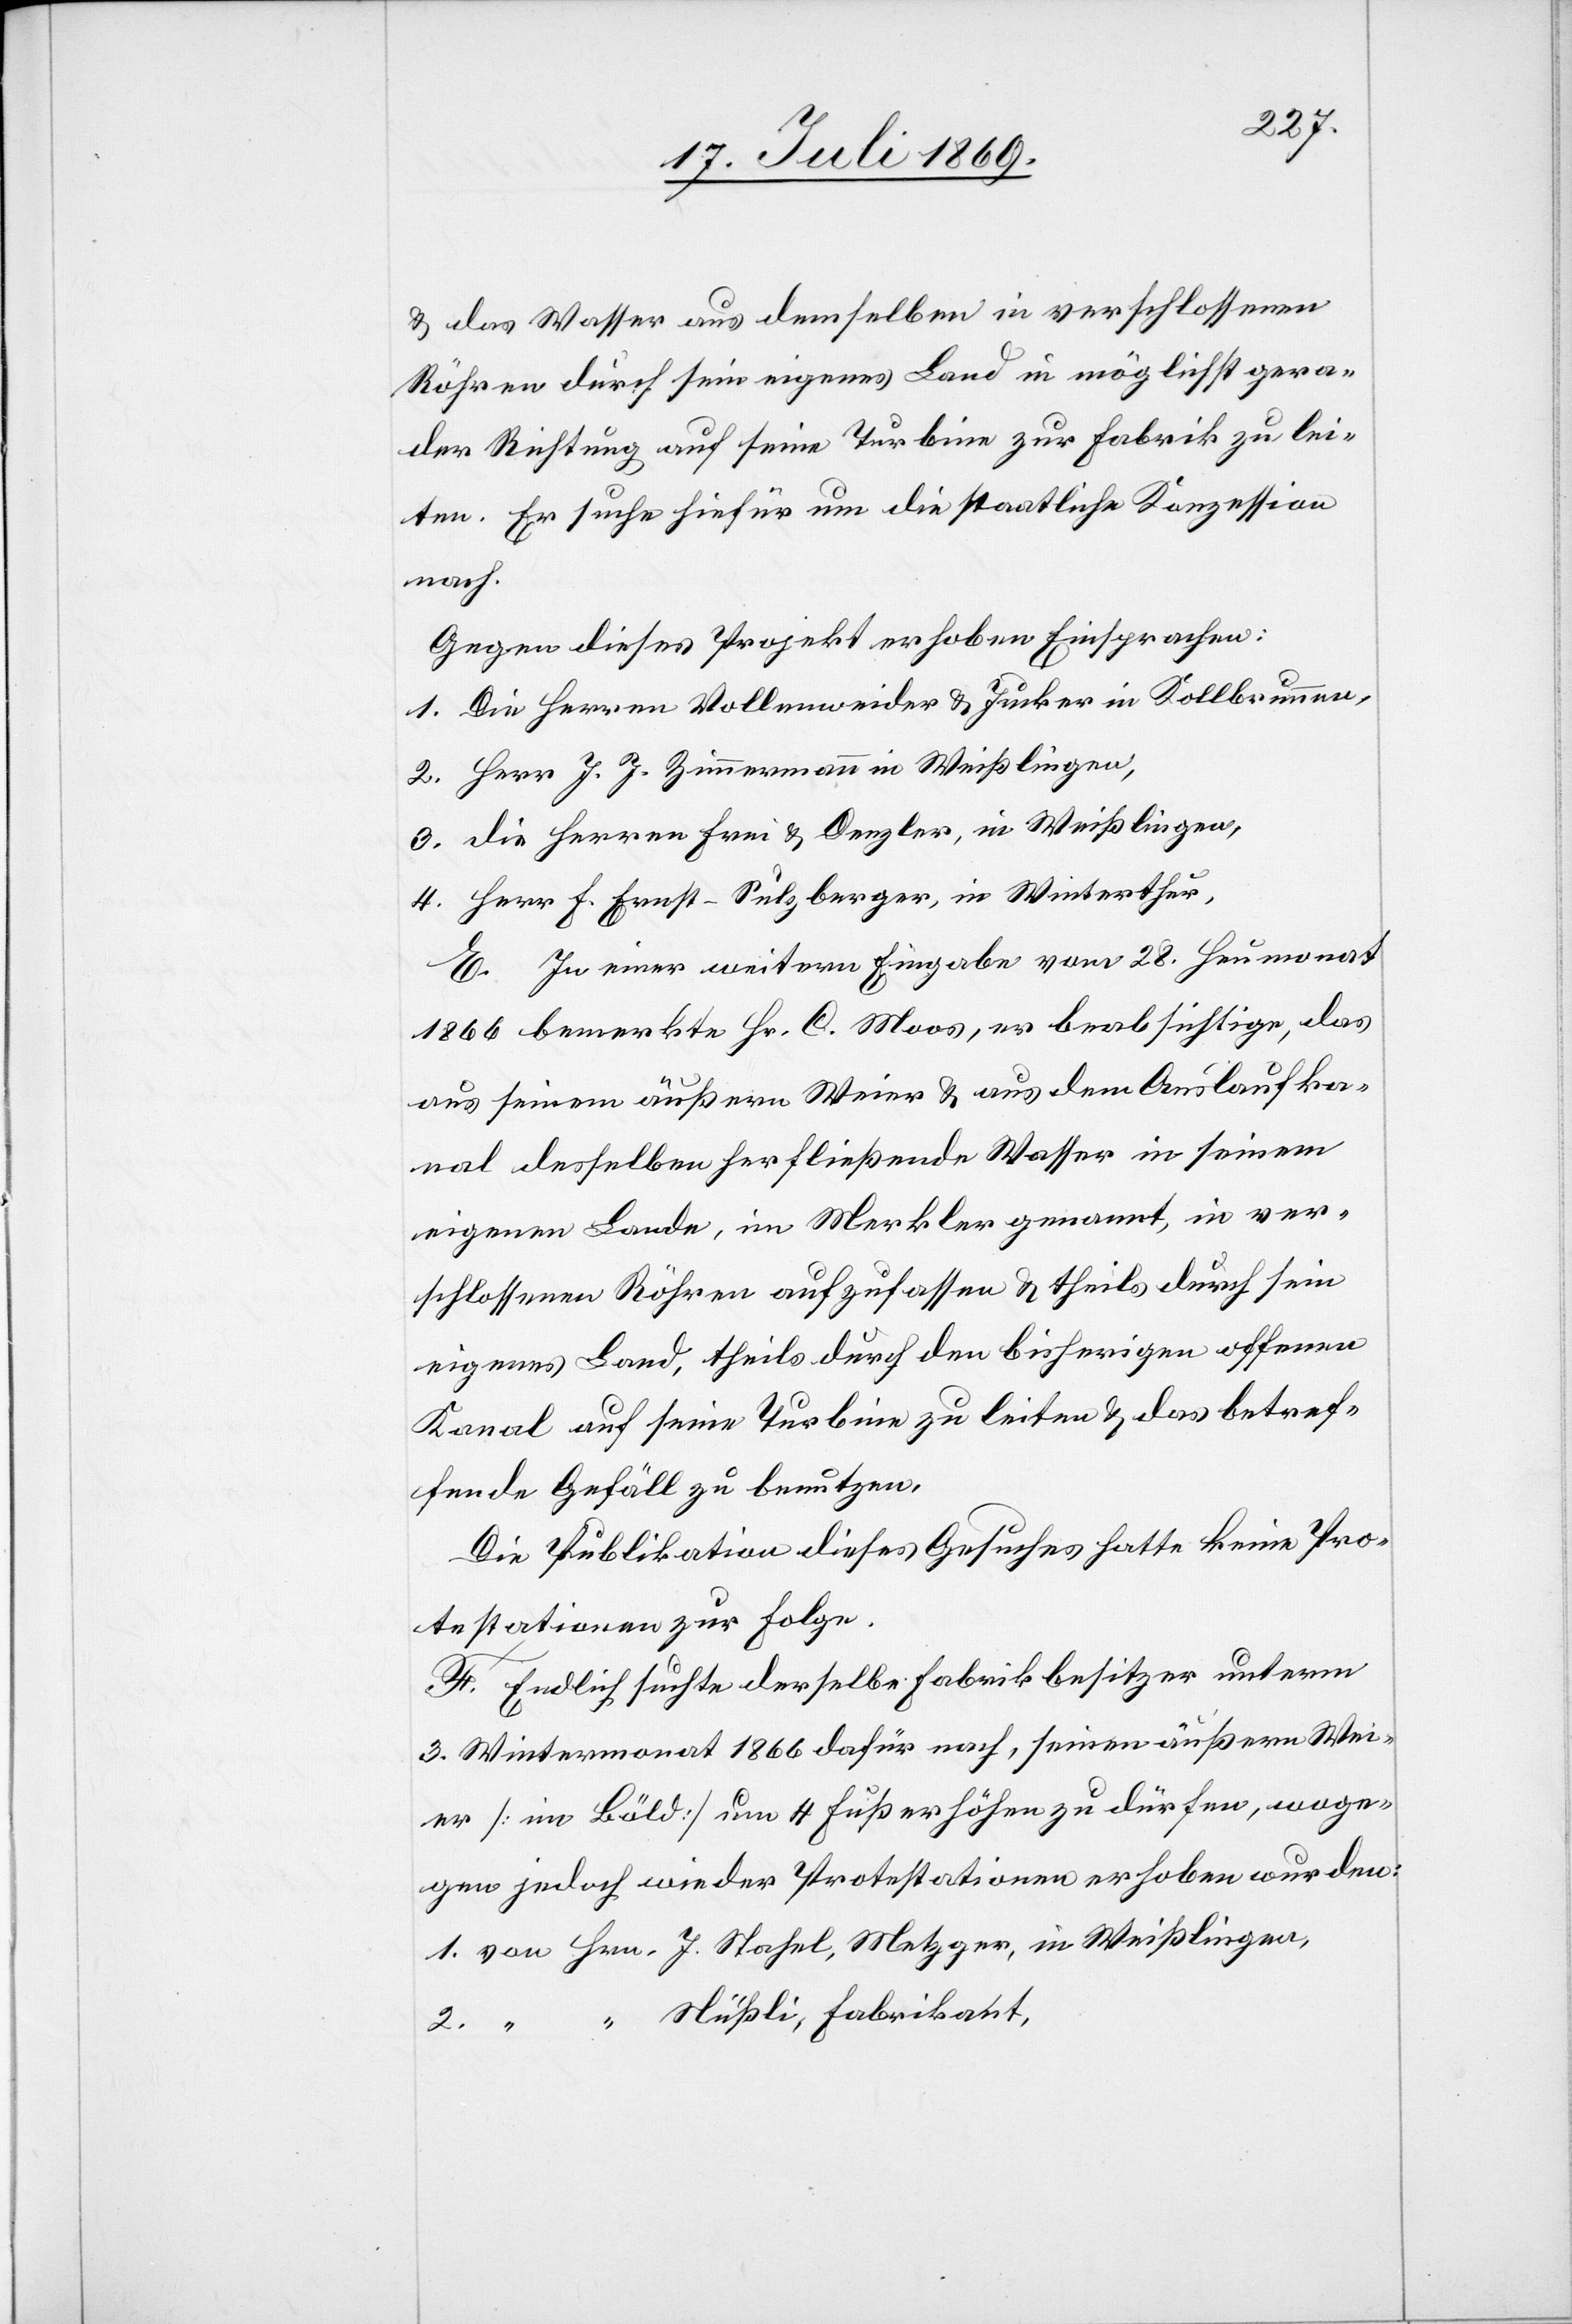
u. das Wasser aus demselben in verschlossenen
Röhren durch sein eigenes Land in möglichst gera¬
der Richtung auf seine Turbine zur Fabrik zu lei¬
ten. Er suche hiefür um die staatliche Konzession
nach.
Gegen dieses Projekt erhoben Einsprachen:
1. Die Herren Vollenweider u. Jucker in Kollbrunnen,
2. Herr J. J. Zimmermann in Weißlingen,
3. Die Herren Frei u. Denzler, in Weißlingen,
4. Herr F. Ernst-Sulzberger, in Winterthur.
E. In einer weitern Eingabe vom 28. Heumonat
1866 bemerkte Hr. C. Moos, er beabsichtige, das
aus seinem äußern Weier u. aus dem Auslaufka¬
nal desselben herfließende Wasser in seinem
eigenen Lande, im Merkler genannt, in ver¬
flossenen Röhren aufzufassen u. theils durch sein
eigenes Land, theils durch den bisherigen offenen
Kanal auf seine Turbine zu leiten u. das betref¬
fende Gefäll zu benutzen.
Die Publikation dieses Gesuches hatte keine Pro¬
testationen zur Folge.
F. Endlich suchte derselbe Fabrikbesitzer unterm
3 Wintermonat 1866 dafür nach, seinen äußern Wei¬
er [in Böld] um 4 Fuß erhöhen zu dürfen, woge¬
gen jedoch wieder Protestationen erhoben wurden:
1. von Hrn.	J. Stahel, Metzger, in Weißlingen,
“	Nüßli, Fabrikant,
2. “